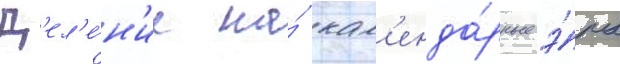
Д'ел'е́н'ие на́ кал'енда́рные э́ры